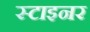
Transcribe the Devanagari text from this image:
स्टाइनर